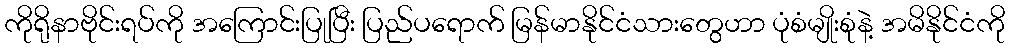
ကိုရိုနာဗိုင်းရပ်ကို အကြောင်းပြုပြီး ပြည်ပရောက် မြန်မာနိုင်ငံသားတွေဟာ ပုံစံမျိုးစုံနဲ့ အမိနိုင်ငံကို